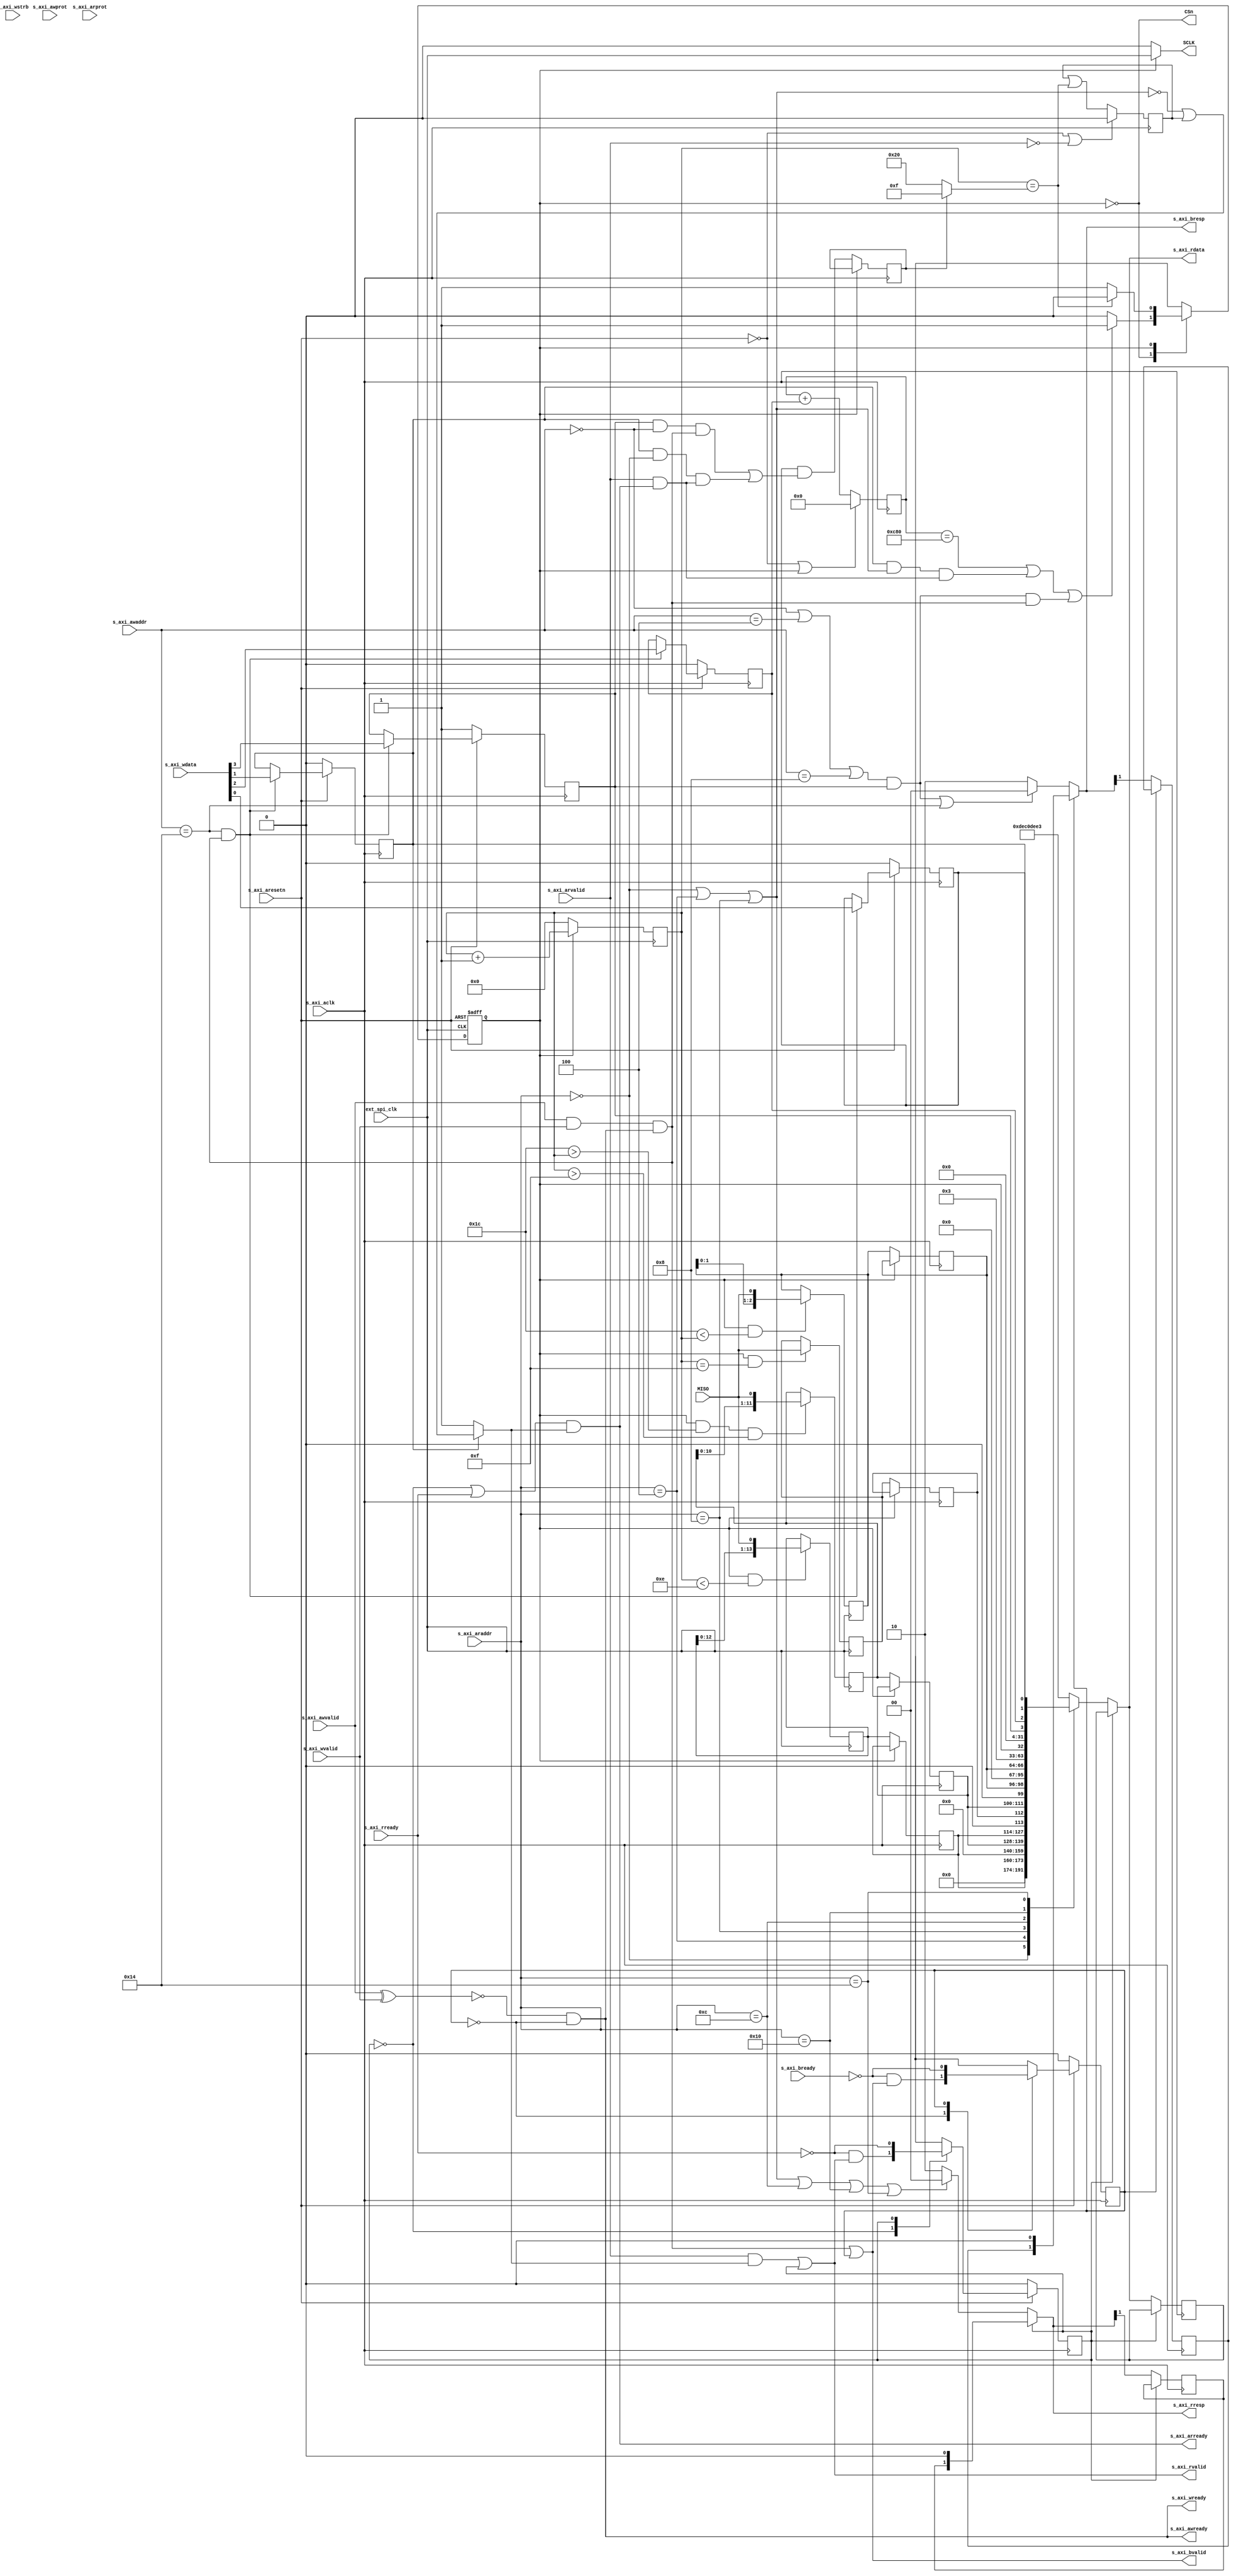
`timescale 1 ns / 1 ps
/* ------------------------------------------------ *
 * Title       : Pmod TC1 interface v1.0            *
 * Project     : Pmod TC1 interface                 *
 * ------------------------------------------------ *
 * Last Edit   : 16/06/2022                         *
 * Licence     : CERN-OHL-W                         *
 * ------------------------------------------------ *
 * Description : AXI Lite interface to communicate  *
 *               with Pmod TC1 (MAX31855)           *
 * ------------------------------------------------ *
 * Revisions                                        *
 *     v1      : Inital version                     *
 * ------------------------------------------------ */

  module tc1_v1_0 #(
    parameter BUFFERED_REGS  = 1,
    parameter UPDATE_TIMER   = 1,
    parameter TIMER_CYCLES   = 3200, //640us
    parameter SOFT_TIMER     = 0,
    parameter SOFT_TIMER_MW  = 32, //! Max 32
    parameter INIT_CONF_QUI  = 0,
    parameter INIT_CONF_TAU  = 0,
    parameter INIT_CONF_MAN  = 1,
    parameter INIT_CONF_AUT  = 0,

    //Offsets
    parameter OFFSET_JUNC_TEMP =  0,
    parameter OFFSET_INT_TEMP  =  4,
    parameter OFFSET_RAW_DATA  =  8,
    parameter OFFSET_FAULT     = 12,
    parameter OFFSET_STATUS    = 16,
    parameter OFFSET_CONFIG    = 20,
    parameter OFFSET_TIMER_LMT = 24,


    // Parameters of Axi Slave Bus Interface S00_AXI
    parameter C_S_AXI_DATA_WIDTH = 32,
    parameter C_S_AXI_ADDR_WIDTH = 5
  )(
     // Ports of Axi Slave Bus
    input wire  s_axi_aclk,
    input wire  s_axi_aresetn,
    input wire [C_S_AXI_ADDR_WIDTH-1:0] s_axi_awaddr,
    input wire [2:0] s_axi_awprot,
    input wire  s_axi_awvalid,
    output wire  s_axi_awready,
    input wire [C_S_AXI_DATA_WIDTH-1:0] s_axi_wdata,
    input wire [(C_S_AXI_DATA_WIDTH/8)-1:0] s_axi_wstrb,
    input wire  s_axi_wvalid,
    output wire  s_axi_wready,
    output wire [1:0] s_axi_bresp,
    output wire  s_axi_bvalid,
    input wire  s_axi_bready,
    input wire [C_S_AXI_ADDR_WIDTH-1:0] s_axi_araddr,
    input wire [2:0] s_axi_arprot,
    input wire  s_axi_arvalid,
    output wire  s_axi_arready,
    output wire [C_S_AXI_DATA_WIDTH-1:0] s_axi_rdata,
    output wire [1:0] s_axi_rresp,
    output wire  s_axi_rvalid,
    input wire  s_axi_rready,

    input wire ext_spi_clk, //max 5 MHz

    output wire SCLK,
    output wire CSn,
    input wire MISO
  );
    integer i;
    localparam OxDEC0DEE3 = 3737181923; // this is also used by interconnect when the address doesn't exist
    localparam RES_OKAY = 2'b00,
               RES_ERR  = 2'b10; //Slave error


    // Use external clk for SPI
    assign SCLK = (~CSn) ? ext_spi_clk : 1'b0;


    //Addresses
    wire [C_S_AXI_ADDR_WIDTH-1:0] write_address = s_axi_awaddr;
    wire [C_S_AXI_ADDR_WIDTH-1:0]  read_address = s_axi_araddr;


    //Internal Control signals I (Drived by only AXI)
    wire write = s_axi_awvalid & s_axi_wvalid & s_axi_wready;
    wire  read = s_axi_arvalid & s_axi_arready;

    wire configWrite = (write_address == OFFSET_CONFIG) & write;

    wire [C_S_AXI_DATA_WIDTH-1:0] data_to_write = s_axi_wdata; //renaming


    // Configurations
    reg timer_update, auto_update, quick_update, manual_update;
    /*
     *     _Bits_       _Reg_
     *      [3]       Manual Update (Writing to one of the data regs initiates a read)
     *      [2]       Timer Auto Update (Periodically update registers, only when timer included)
     *      [1]       Auto Update (Reading from one of the data regs initiates a read)
     *      [0]       Quick Update (read only junction tmp when possible)
     */
    localparam INIT_CONF = INIT_CONF_QUI | (INIT_CONF_AUT << 1) | (INIT_CONF_TAU << 2) | (INIT_CONF_MAN << 3);
    wire [3:0] config_reg = {manual_update, timer_update, auto_update, quick_update};
    always@(posedge s_axi_aclk) begin
      if(~s_axi_aresetn) begin
        {manual_update, timer_update, auto_update, quick_update} <= INIT_CONF;
      end else if(configWrite) begin
        {manual_update, timer_update, auto_update, quick_update} <= data_to_write;
      end
    end


    //Module state
    localparam IDLE  = 1'b0,
             UPDATE  = 1'b1;
    reg state;
 
    wire inIDLE   = (state == IDLE);
    wire inUPDATE = (state == UPDATE);

    assign CSn = inIDLE;


    //Timer
    localparam TIMER_WIDTH = SOFT_TIMER ? SOFT_TIMER_MW : $clog2(TIMER_CYCLES);
    reg [TIMER_WIDTH-1:0] timer;
    reg [TIMER_WIDTH-1:0] timer_limit_conf;
    generate
      if(UPDATE_TIMER) begin
        always@(posedge s_axi_aclk) begin
          if(~s_axi_aresetn | inUPDATE) begin
            timer <= 0;
          end else begin
            timer <= timer + timer_update;
          end
        end
      end
    endgenerate
    generate
      if(SOFT_TIMER) begin
        wire timerLimitWrite = (write_address == OFFSET_TIMER_LMT) & write;
        always@(posedge s_axi_aclk) begin
          if(~s_axi_aresetn) begin
            timer_limit_conf <= TIMER_CYCLES;
          end else if(timerLimitWrite) begin
            timer_limit_conf <= data_to_write;
          end
        end
      end
    endgenerate
    wire [TIMER_WIDTH-1:0] timer_limit = SOFT_TIMER ? timer_limit_conf : TIMER_CYCLES;
    wire timer_done = UPDATE_TIMER & (timer == timer_limit);


    //Registers for data from sensor
    reg [13:0] junc_t[BUFFERED_REGS:0];
    reg [11:0] internal_t[BUFFERED_REGS:0];
    reg fault_main[BUFFERED_REGS:0];
    reg [2:0] faults[BUFFERED_REGS:0]; //[SCV,SCG,OC]
    wire [31:0] raw_data;
    assign raw_data = {junc_t[BUFFERED_REGS], 1'b0, fault_main[BUFFERED_REGS], internal_t[BUFFERED_REGS], 1'b0, faults[BUFFERED_REGS]};

    generate
      if(BUFFERED_REGS) begin : data_buffers_gen
        always@(posedge s_axi_aclk) begin
          if(CSn) begin
            junc_t[1] <= junc_t[0];
            fault_main[1] <= fault_main[0];
            internal_t[1] <= internal_t[0];
            faults[1] <= faults[0];
          end
        end
      end
    endgenerate


    //Counter for tx bits
    reg [5:0] tx_counter;
    always@(posedge ext_spi_clk) begin
      if(CSn) begin
        tx_counter <= 0;
      end else begin
        tx_counter <= tx_counter + 1;
      end
    end

    reg quickRead;
    always@(posedge s_axi_aclk) begin
      if(inIDLE) begin
        quickRead <= quick_update & //Disable via config
                  ((manual_update & (write_address == OFFSET_JUNC_TEMP) & write) |
                   (  auto_update & ( read_address == OFFSET_JUNC_TEMP) & read ));
      end
    end
    wire [5:0] tx_counter_limit = quickRead ? 6'd15 : 6'd32;
    wire tx_counter_done = (tx_counter == tx_counter_limit);


    //Update data registers
    //? Maybe have one 32bit shift register, store all and route from there
    //? + Simpler Logic for saving
    //? - how to hadle routing, needs to support only reading junction temperature too so not always at the same place
    wire getting_junc_t = ~CSn & (tx_counter < 6'd14);
    wire getting_fault_main = ~CSn & (tx_counter == 6'd15);
    wire getting_internal_t = ~CSn & (6'd28 > tx_counter) & (tx_counter > 6'd15);
    wire getting_faults = ~CSn & (6'd28 < tx_counter);

    always@(posedge ext_spi_clk) begin
      junc_t[0]     <= (getting_junc_t)     ?     {junc_t[0][12:0], MISO} :     junc_t[0];
      fault_main[0] <= (getting_fault_main) ?                    MISO     : fault_main[0];
      internal_t[0] <= (getting_internal_t) ? {internal_t[0][10:0], MISO} : internal_t[0];
      faults[0]     <= (getting_faults)     ?      {faults[0][1:0], MISO} :     faults[0];
    end


    //Check address validity & control signals
    wire addressed_temp = (read_address == OFFSET_JUNC_TEMP)|
                          (read_address == OFFSET_INT_TEMP) |
                          (read_address == OFFSET_RAW_DATA) ;
    wire read_addr_valid =          addressed_temp            |
                           (read_address == OFFSET_FAULT)     |
                           (read_address == OFFSET_STATUS)    |
                           (read_address == OFFSET_CONFIG)    |
             (SOFT_TIMER & (read_address == OFFSET_TIMER_LMT));
    wire write_temp = (write_address == OFFSET_JUNC_TEMP)|
                      (write_address == OFFSET_INT_TEMP) |
                      (write_address == OFFSET_RAW_DATA) ;
    wire write_addr_valid =   (write_temp & manual_update)    |
                             (write_address == OFFSET_CONFIG) |
            (SOFT_TIMER & (write_address == OFFSET_TIMER_LMT));


    // Status
    wire busy = ~CSn;
    wire with_buffers = BUFFERED_REGS;
    wire with_timer = UPDATE_TIMER;
    /*
     *     _Bits_       _Reg_
     *      [2]       Data is buffered (so updated when only after tx is done)
     *      [1]       Module with timer  
     *      [0]       In transmit, module not ready
     */
    wire [2:0] status_reg = {with_buffers, with_timer, busy};


    //State Transactions
    wire start_tx = timer_done | (auto_update & addressed_temp & read) | (write_temp & manual_update & write);
    always@(negedge ext_spi_clk or negedge s_axi_aresetn) begin
      if(~s_axi_aresetn) begin
        state <= IDLE;
      end else case(state)
        IDLE:   state <=     (start_tx)    ? UPDATE : state;
        UPDATE: state <= (tx_counter_done) ? IDLE   : state;
      endcase
    end

    //AXI Signals
    //Write response
    reg s_axi_bvalid_hold, s_axi_bresp_MSB_hold;
    assign s_axi_bvalid = write | s_axi_bvalid_hold;
    assign s_axi_bresp = (s_axi_bvalid_hold) ? {s_axi_bresp_MSB_hold, 1'b0} :
                            write_addr_valid ? RES_OKAY : RES_ERR;
    always@(posedge s_axi_aclk) begin
      if(~s_axi_aresetn) begin
        s_axi_bvalid_hold <= 0;
      end else case(s_axi_bvalid_hold)
        1'b0: s_axi_bvalid_hold <= ~s_axi_bready & s_axi_bvalid;
        1'b1: s_axi_bvalid_hold <= ~s_axi_bready;
      endcase
      if(~s_axi_bvalid_hold) begin
        s_axi_bresp_MSB_hold <= s_axi_bresp[1];
      end
    end

    //Write Channel handshake (Data & Addr)
    wire  write_ch_ready = ~(s_axi_awvalid ^ s_axi_wvalid) & ~s_axi_bvalid_hold;
    assign s_axi_awready = write_ch_ready;
    assign s_axi_wready  = write_ch_ready;

    //Read Channel handshake (Addr & data)
    reg auto_update_done;
    always@(posedge s_axi_aclk) begin
      if(~s_axi_aresetn | ~s_axi_arvalid) begin
        auto_update_done <= 0;
      end else begin
        auto_update_done <= auto_update_done | tx_counter_done;
      end
    end
    wire readReady = ~auto_update ?     1      :
          (~addressed_temp | auto_update_done) ; 
    reg s_axi_rvalid_hold; //This will hold read data channel stable until master accepts tx
    assign s_axi_rvalid  =       (s_axi_arvalid & readReady) | s_axi_rvalid_hold;
    assign s_axi_arready = (~s_axi_rvalid_hold | s_axi_rready) & readReady;
    always@(posedge s_axi_aclk) begin
      if(~s_axi_aresetn) begin
        s_axi_rvalid_hold <= 0;
      end else case(s_axi_rvalid_hold)
        1'b0: s_axi_rvalid_hold <= ~s_axi_rready & s_axi_rvalid;
        1'b1: s_axi_rvalid_hold <= ~s_axi_rready;
      endcase
    end

    //Read response
    reg s_axi_rresp_MSB_hold;
    always@(posedge s_axi_aclk) begin
      if(~s_axi_rvalid_hold) begin
       s_axi_rresp_MSB_hold <= s_axi_rresp[1];
      end
    end
    assign s_axi_rresp = (s_axi_rvalid_hold) ? {s_axi_rresp_MSB_hold, 1'b0} :
                           (read_addr_valid) ? RES_OKAY : RES_ERR;
    
    //Read data
    reg [C_S_AXI_DATA_WIDTH-1:0] s_axi_rdata_hold;
    reg [C_S_AXI_DATA_WIDTH-1:0] readReg;
    always@(posedge s_axi_aclk) begin
      if(~s_axi_rvalid_hold) begin
        s_axi_rdata_hold <= s_axi_rdata;
      end
    end
    assign s_axi_rdata = (s_axi_rvalid_hold) ? s_axi_rdata_hold : readReg;
    //Following wires to silance warnings
    wire [13:0] junc_t_read = junc_t[BUFFERED_REGS];
    wire [11:0] internal_t_read = internal_t[BUFFERED_REGS];
    wire [2:0] faults_read = faults[BUFFERED_REGS];
    always@* begin
      case(read_address)
        OFFSET_JUNC_TEMP : readReg = junc_t_read;
        OFFSET_INT_TEMP  : readReg = internal_t_read;
        OFFSET_RAW_DATA  : readReg = raw_data;
        OFFSET_FAULT     : readReg = faults_read;
        OFFSET_STATUS    : readReg = status_reg;
        OFFSET_CONFIG    : readReg = config_reg;
        OFFSET_TIMER_LMT : readReg = SOFT_TIMER ? timer_limit_conf : OxDEC0DEE3;
        default          : readReg = OxDEC0DEE3;
      endcase
    end
  endmodule